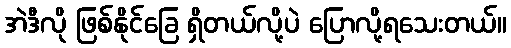
အဲဒီလို ဖြစ်နိုင်ခြေ ရှိတယ်လို့ပဲ ပြောလို့ရသေးတယ်။